Report on sanitation, dispensaries, and jails in Rajputana for 1912, and on vaccination for the year 1912-1913 - 1912-1913
Year: 1912
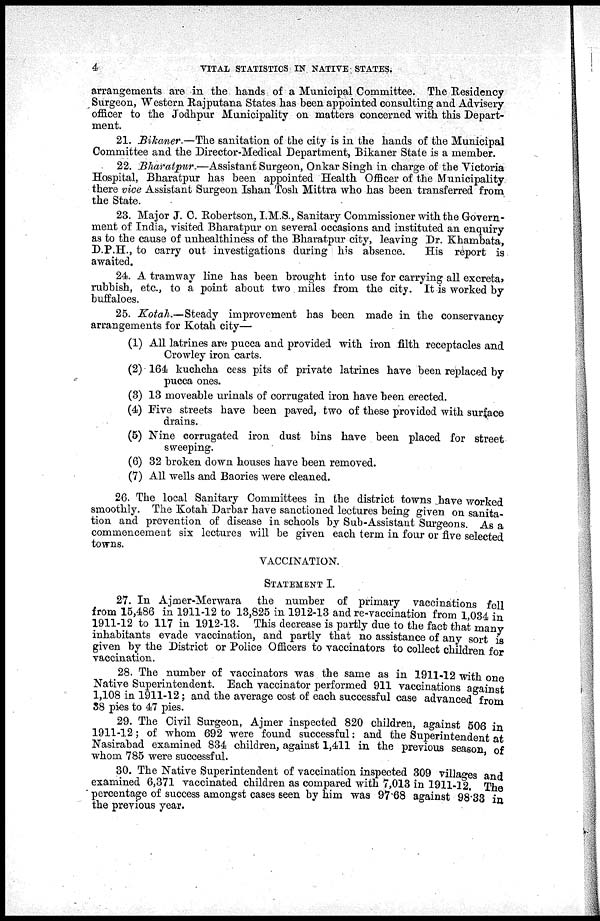
4
VITAL STATISTICS IN NATIVE STATES.
arrangements are in the hands of a Municipal Committee. The Residency
Surgeon, Western Rajputana States has been appointed consulting and Advisery
officer to the Jodhpur Municipality on matters concerned with this Depart-
ment.
21. Bikaner.—The sanitation of the city is in the hands of the Municipal
Committee and the Director-Medical Department, Bikaner State is a member.
22. Bharatpur.—Assistant Surgeon, Onkar Singh in charge of the Victoria
Hospital, Bharatpur has been appointed Health Officer of the Municipality
there vice Assistant Surgeon Ishan Tosh Mittra who has been transferred from
the State.
23. Major J. C. Robertson, I.M.S., Sanitary Commissioner with the Govern-
ment of India, visited Bharatpur on several occasions and instituted an enquiry
as to the cause of unhealthiness of the Bharatpur city, leaving Dr. Khambata,
D.P.H., to carry out investigations during his absence.
His report is
awaited.
24. A tramway line has been brought into use for carrying all excreta,
rubbish, etc., to a point about two miles from the city. It is worked by
buffaloes.
25. Kotah.—Steady improvement has been made in the conservancy
arrangements for Kotah city—
(1) All latrines are pucca and provided with iron filth receptacles and
Crowley iron carts.
(2) 164 kuchcha cess pits of private latrines have been replaced by
pucca ones.
(3) 13 moveable urinals of corrugated iron have been erected.
(4) Five streets have been paved, two of these provided with surface
drains.
(5) Nine corrugated iron dust bins have been placed for street
sweeping.
(6) 32 broken down houses have been removed.
(7) All wells and Baories were cleaned.
26. The local Sanitary Committees in the district towns have worked
smoothly. The Kotah Darbar have sanctioned lectures being given on sanita-
tion and prevention of disease in schools by Sub-Assistant Surgeons. As a
commencement six lectures will be given each term in four or five selected
towns.
VACCINATION.
STATEMENT I.
27. In Ajmer-Merwara
the number of primary vaccinations fell
from 15,486 in 1911-12 to 13,825 in 1912-13 and re-vaccination from 1,034 in
1911-12 to 117 in 1912-13. This decrease is partly due to the fact that many
inhabitants evade vaccination, and partly that no assistance of any sort is
given by the District or Police Officers to vaccinators to collect children for
vaccination.
28. The number of vaccinators was the same as in 1911-12 with one
Native Superintendent. Each vaccinator performed 911 vaccinations against
1,108 in 1911-12; and the average cost of each successful case advanced from
38 pies to 47 pies.
29. The Civil Surgeon, Ajmer inspected 820 children, against 506 in
1911-12; of whom 692 were found successful: and the Superintendent at
Nasirabad examined 834 children, against 1,411 in the previous season, of
whom 785 were successful.
30. The Native Superintendent of vaccination inspected 309 villages and
examined 6,371 vaccinated children as compared with 7,013 in 1911-12. The
percentage of success amongst cases seen by him was 97 68 against 98.33 in
the previous year.